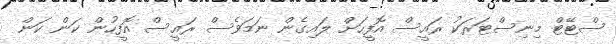
ސްޓޭޓް މިނިސްޓަރަކު ރައީސް އޮފީހަށް ލައިގެން ނަމަވެސް ރައީސް އޮފީހުން ކަން ކަން